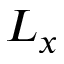
L _ { x }